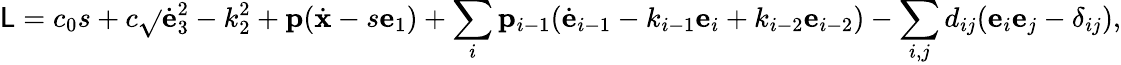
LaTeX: \mathsf{L}=c_{0}s+c\sqrt{}{{{\dot{{\mathbf{e}}}}_{3}^{2}-k_{2}^{2}}}+{\mathbf{p}}({\dot{{\mathbf{x}}}}-s{\mathbf{e}}_{1})+\sum_{i}{\mathbf{p}}_{i-1}({\dot{{\mathbf{e}}}}_{i-1}-k_{i-1}{\mathbf{e}}_{i}+k_{i-2}{\mathbf{e}}_{i-2})-\sum_{i,j}d_{ij}({\mathbf{e}}_{i}{\mathbf{e}}_{j}-\delta_{ij}),